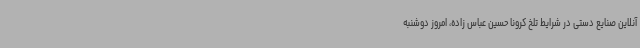
آنلاین صنایع دستی در شرایط تلخ کرونا حسین عباس زاده، امروز دوشنبه